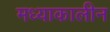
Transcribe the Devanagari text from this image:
मध्याकालीन